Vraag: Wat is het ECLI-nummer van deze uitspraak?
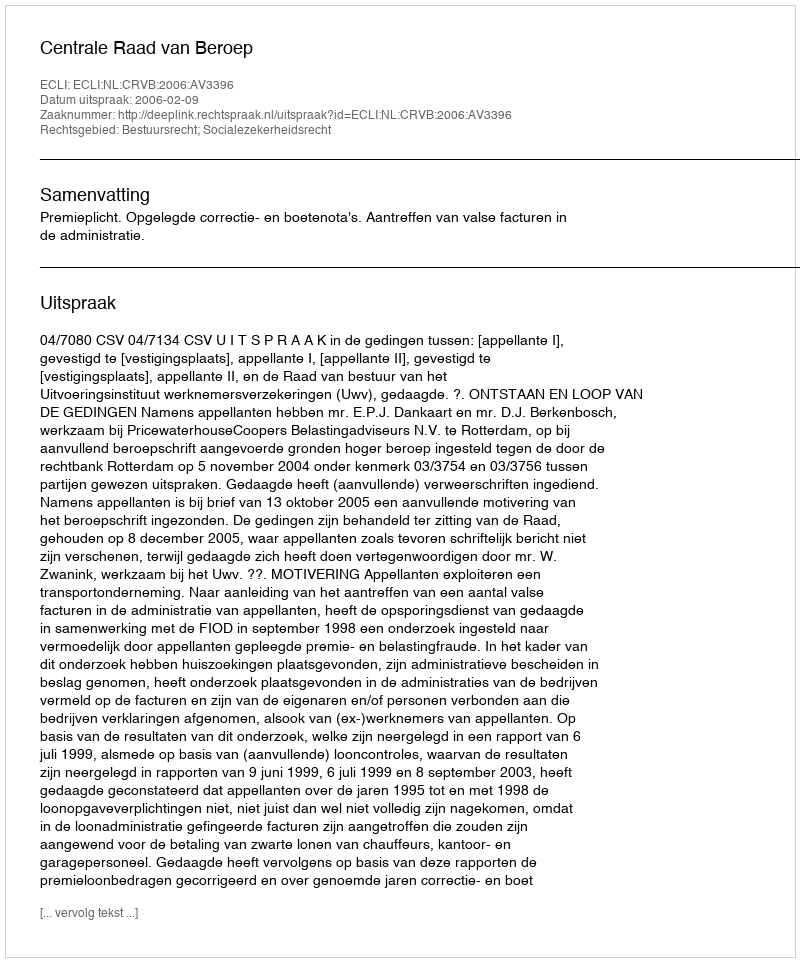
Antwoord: ECLI:NL:CRVB:2006:AV3396